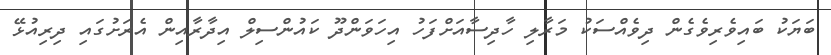
ބަޔަކު ބައިވެރިވެގެން ދިވެއްސަކު މަރާލި ހާދިސާއަށްފަހު އިހަވަންދޫ ކައުންސިލް އިދާރާއިން އެރަށުގައި ދިރިއުޅޭ